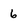
Character: 6